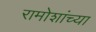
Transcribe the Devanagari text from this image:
रामोशांच्या